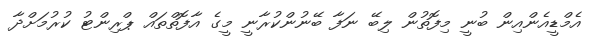
އެމްޑީއެންއިން ބުނީ މިފޮތުން ލިބޭ ނަފާ ބޭނުންކުރާނީ މީގެ އާފޮތްތައް ޕްރިންޓު ކުރުމަށްދާ